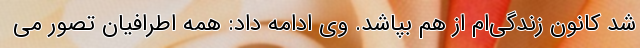
شد کانون زندگی‌ام از هم بپاشد. وی ادامه داد: همه اطرافیان تصور می